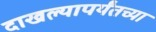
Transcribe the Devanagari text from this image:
दाखल्यापर्यंतच्या